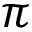
\pi